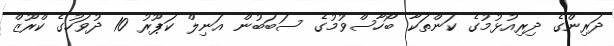
ދަރިންގެ ދިރިއުޅުމުގެ ކަންތަކާ ބޯހާސްވުމުގެ ސަބަބުން އަނިލް ކަޕޫރު 10 ދުވަހުގެ ކްރޫޒް